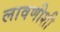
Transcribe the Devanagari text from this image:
लावणीशी